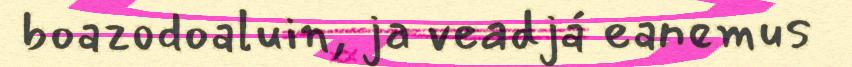
boazodoaluin, ja veadjá eanemus